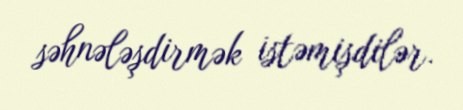
səhnələşdirmək istəmişdilər.